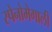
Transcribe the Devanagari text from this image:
स्पेनोमेगाली